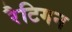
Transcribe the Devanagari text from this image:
रैटिगन